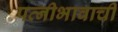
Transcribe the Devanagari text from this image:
पत्नीभावाची